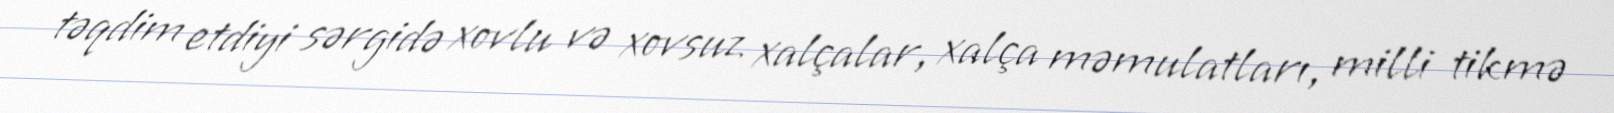
təqdim etdiyi sərgidə xovlu və xovsuz xalçalar, xalça məmulatları, milli tikmə